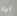
ايلا